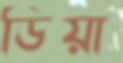
ডিয়া